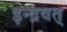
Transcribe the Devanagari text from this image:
इन्द्रवत्